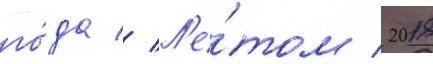
го́да // Л'е́том 2018